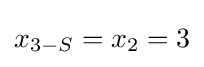
x_{3-S}=x_{2}=3